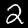
Label: 2